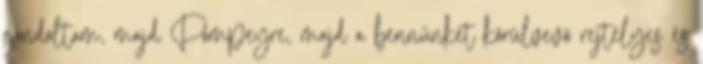
gondoltam, majd Pompeyre, majd a bennünket körülvevő rejtélyes és